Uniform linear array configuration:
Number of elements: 12
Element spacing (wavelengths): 0.5
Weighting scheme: kaiser
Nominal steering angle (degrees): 45
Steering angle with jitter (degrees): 44.436
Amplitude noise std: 0.05
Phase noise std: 0.05

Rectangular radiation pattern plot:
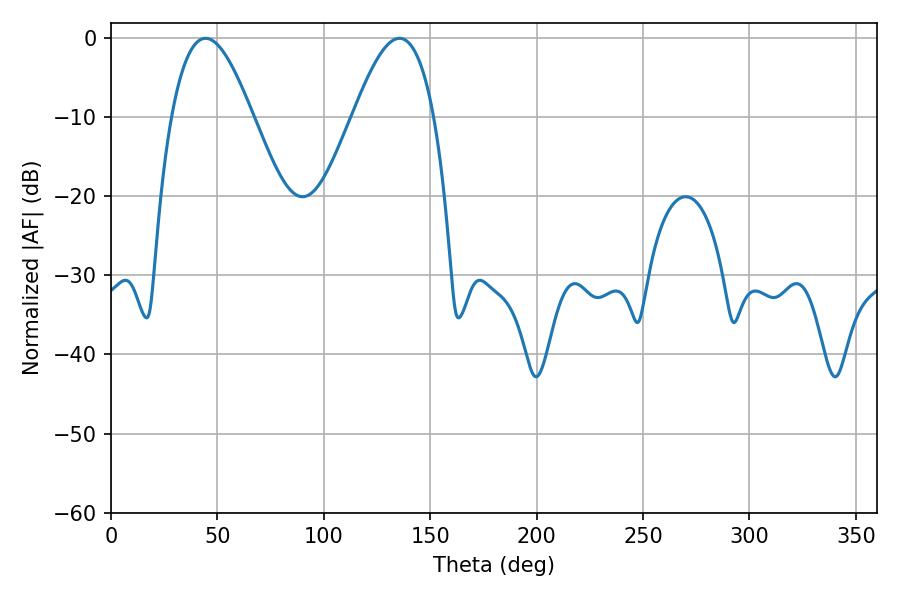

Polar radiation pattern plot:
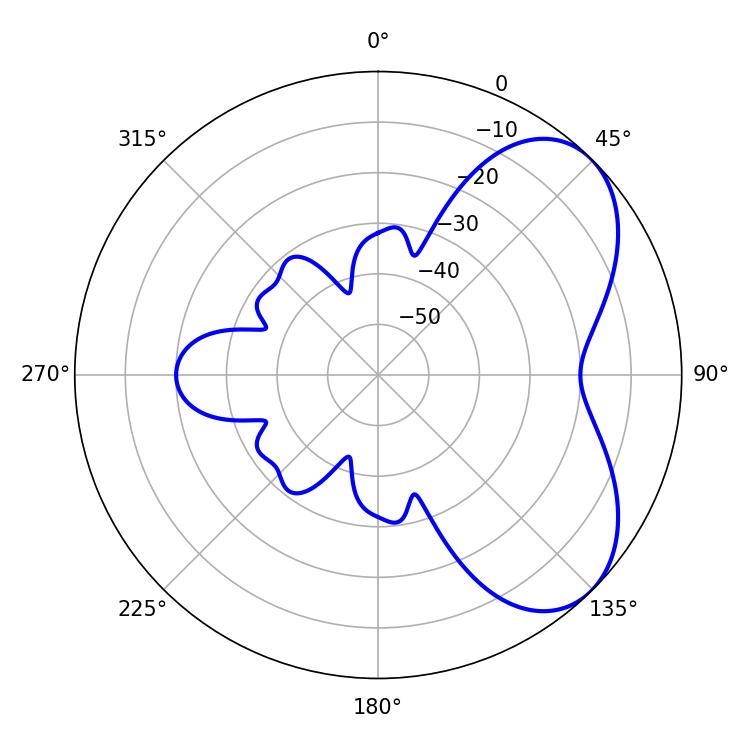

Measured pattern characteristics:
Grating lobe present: FALSE
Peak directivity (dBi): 5.505
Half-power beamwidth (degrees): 20.52
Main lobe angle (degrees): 44.46